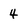
Character: 4